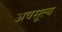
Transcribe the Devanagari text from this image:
अवसूल्य